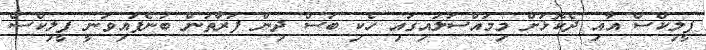
ފީލިކްސް އާއި ދެކޮޅަށް މިމައްސަލައިގައި ހެކި ބަސް ދިން ފަރާތުން ބުނެފައިވަނީ ފީލިކްސް